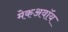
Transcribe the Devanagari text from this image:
मेकअवॉय